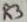
Text: R3